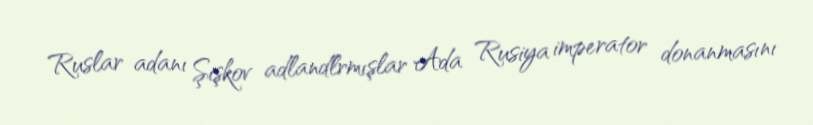
Ruslar adanı Şişkov adlandlrmışlar Ada Rusiya imperator donanmasını